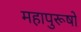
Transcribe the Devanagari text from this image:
महापुरूषो